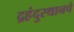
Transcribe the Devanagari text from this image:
द्रहंदुस्थानचे